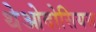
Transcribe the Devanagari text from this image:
थेओदोसियस